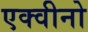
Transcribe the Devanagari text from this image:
एक्वीनो